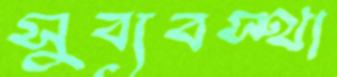
সুব্যবস্থা